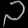
Digit: ၁